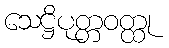
သေဋ္ဌိပုတ္တဝတ္ထု